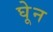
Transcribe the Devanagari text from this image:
घेून